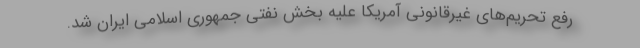
رفع تحریم‌های غیرقانونی آمریکا علیه بخش نفتی جمهوری اسلامی ایران شد.